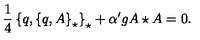
\frac { 1 } { 4 } \left\{ q , \left\{ q , A \right\} _ { \star } \right\} _ { \star } + { \alpha ^ { \prime } } g A \star A = 0 .